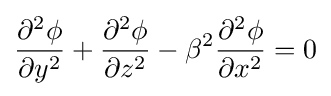
{\frac {\partial ^{2}\phi }{\partial y^{2}}}+{\frac {\partial ^{2}\phi }{\partial z^{2}}}-\beta ^{2}{\frac {\partial ^{2}\phi }{\partial x^{2}}}=0